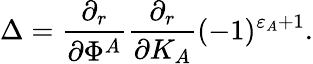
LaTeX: \Delta={\frac{\partial_{r}}{\partial\Phi^{A}}}{\frac{\partial_{r}}{\partial K_{A}}}(-1)^{\varepsilon_{A}+1}.